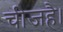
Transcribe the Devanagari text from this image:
चीजहै।